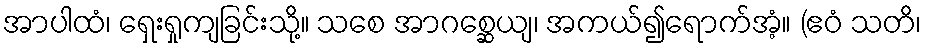
အာပါထံ၊ ရှေးရှုကျခြင်းသို့။ သစေ အာဂစ္ဆေယျ၊ အကယ်၍ရောက်အံ့။ (ဧဝံ သတိ၊